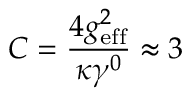
C = \frac { 4 g _ { \mathrm { e f f } } ^ { 2 } } { \kappa \gamma ^ { 0 } } \approx 3